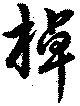
棹